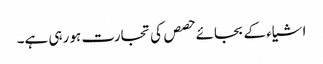
اشیاء کے بجائے حصص کی تجارت ہو رہی ہے۔